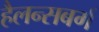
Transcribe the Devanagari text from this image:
हैलन्सबर्ग